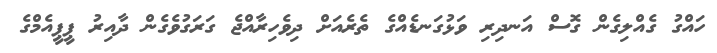
ހައްގު ގެއްލިގެން ގޮސް އަނދިރި ވަޅުގަނޑެއްގެ ތެރެއަށް ދިވެހިރާއްޖެ ގަރަގުވެގެން ދާއިރު ޕީޕީއެމްގެ